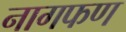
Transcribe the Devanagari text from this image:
नागफण